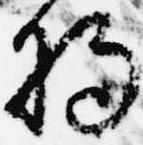
将